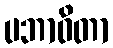
ပဘာဝိတာ